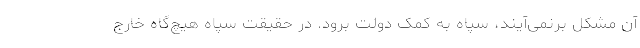
آن مشکل برنمی‌آیند، سپاه به کمک دولت برود. در حقیقت سپاه هیچ‌گاه خارج